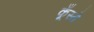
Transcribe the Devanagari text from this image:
कूँस्ते